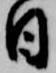
日